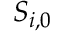
S _ { i , 0 }